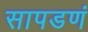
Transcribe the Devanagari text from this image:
सापडणं